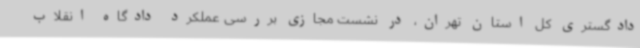
دادگستری کل استان تهران، در نشست مجازی بررسی عملکرد دادگاه انقلاب